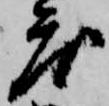
度